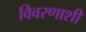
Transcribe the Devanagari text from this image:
विवरणाशी